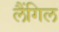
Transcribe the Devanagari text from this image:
लैंगिल